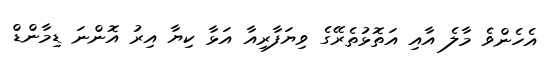
އެހެންވެ މާލެ އާއި އަތޮޅުތެރޭގެ ވިޔަފާރިއާ އަޅާ ކިޔާ އިރު އޮންނަ ޑިމާންޑް